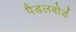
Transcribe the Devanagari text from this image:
पैडलबोर्ड